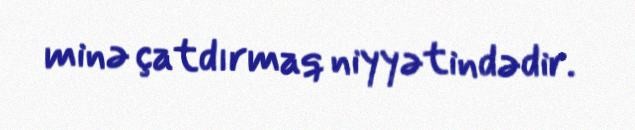
minə çatdırmaq niyyətindədir.